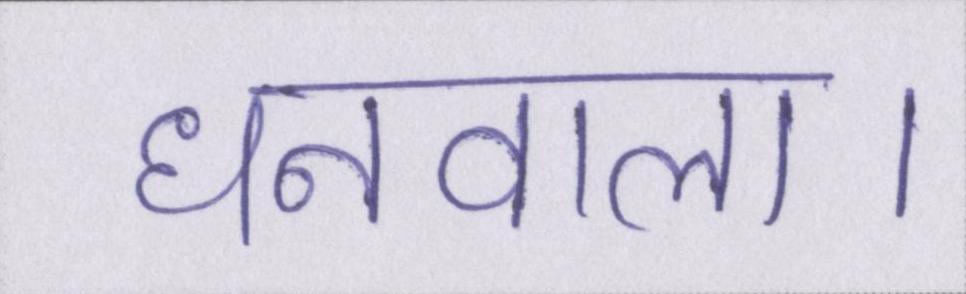
धनवाला।